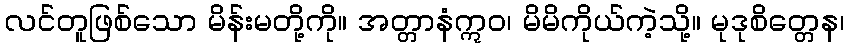
လင်တူဖြစ်သော မိန်းမတို့ကို။ အတ္တာနံဣဝ၊ မိမိကိုယ်ကဲ့သို့။ မုဒုစိတ္တေန၊